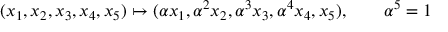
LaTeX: ( x _ { 1 } , x _ { 2 } , x _ { 3 } , x _ { 4 } , x _ { 5 } ) \mapsto ( \alpha x _ { 1 } , \alpha ^ { 2 } x _ { 2 } , \alpha ^ { 3 } x _ { 3 } , \alpha ^ { 4 } x _ { 4 } , x _ { 5 } ) , \qquad \alpha ^ { 5 } = 1